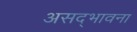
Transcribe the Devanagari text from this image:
असद्‍भावना